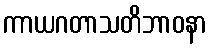
ကာယဂတာသတိဘာဝနာ